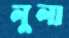
লুলা